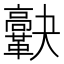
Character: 𩍯